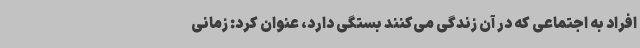
افراد به اجتماعی که در آن زندگی می‌کنند بستگی دارد، عنوان کرد: زمانی